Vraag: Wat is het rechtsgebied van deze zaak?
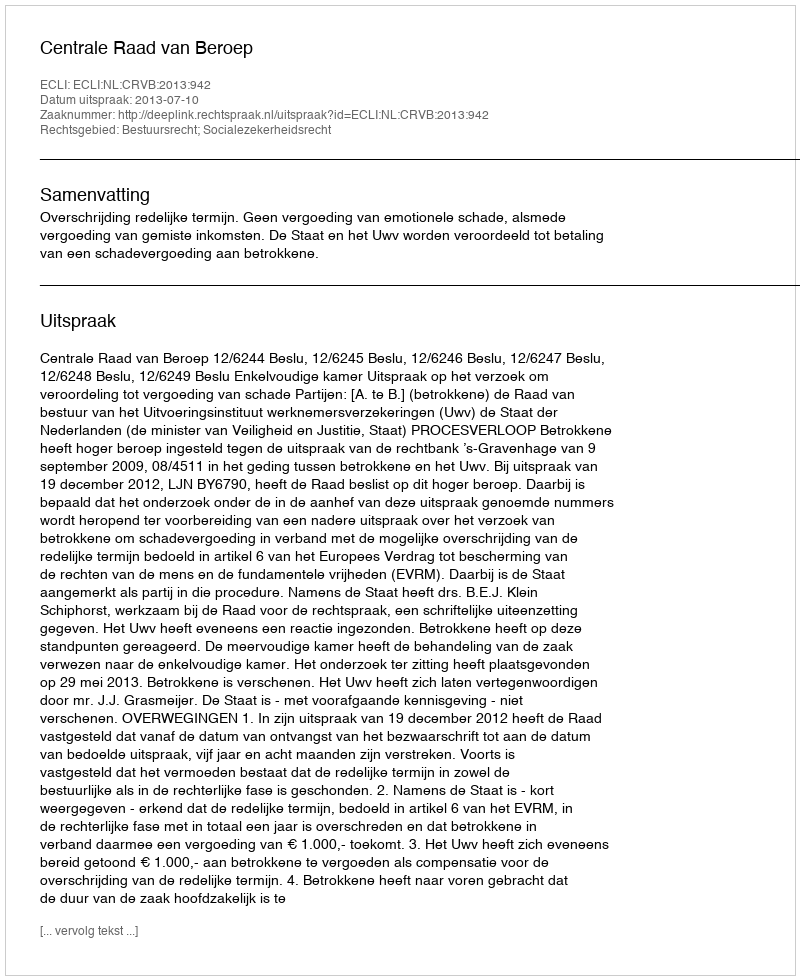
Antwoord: Bestuursrecht; Socialezekerheidsrecht